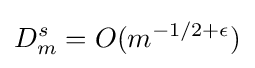
D_{m}^{s}=O(m^{-1/2+\epsilon })